Leaving Certificate Examination, 1919
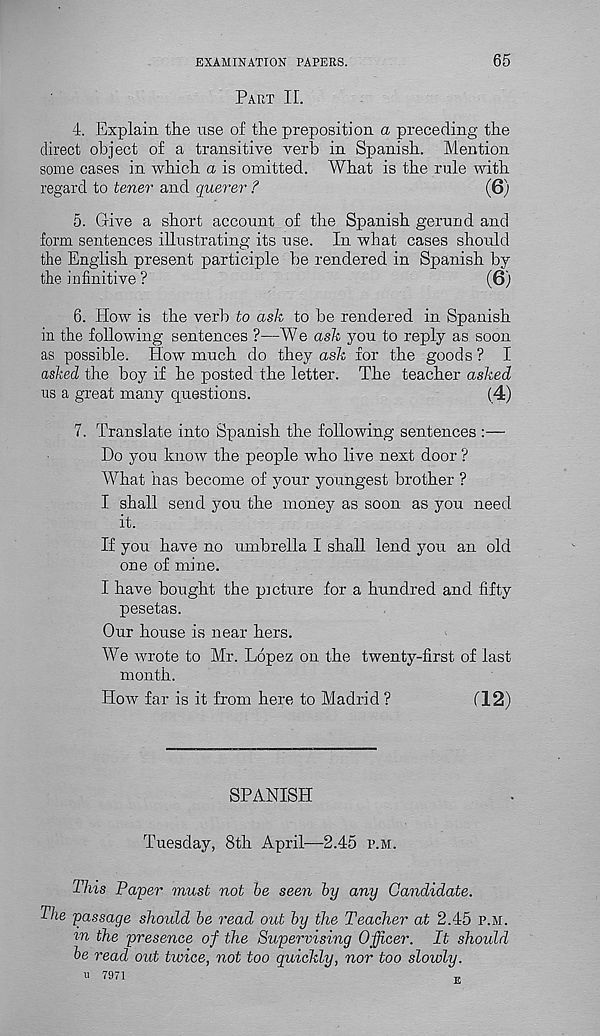
EXAMINATION PAPERS.
65
Part II.
4. Explain the use of the preposition a preceding the
direct object of a transitive verb in Spanish. Mention
some cases in which a is omitted. What is the rule with
regard to tener and querer ?
(6)
5. Clive a short account of the Spanish gerund and
form sentences illustrating its use. In what cases should
the English present participle he rendered in Spanish by
the infinitive ?
(6)
6. How is the verb to ask to be rendered in Spanish
in the following sentences ?—W e ask you to reply as soon
as possible. How much do they ask for the goods ? I
asked the boy if he posted the letter. The teacher asfced
us a great many questions.
(4)
7. Translate into Spanish the following sentences :—
Do you know the people who live next door ?
What has become of your youngest brother ?
I shall send you the money as soon as you need
it.
If you have no umbrella I shall lend you an old
one of mine.
I have bought the picture for a hundred and fifty
pesetas.
Our house is near hers.
We wrote to Mr. Lopez on the twenty-first of last
month.
How far is it from here to Madrid ?
Cl2)
SPANISH
Tuesday, 8th April—2.45 p.m.
This Paper must not he seen by any Candidate.
The passage should be read out by the Teacher at 2.45 p.m.
in the presence of the Supervising Officer. It should
be read out twice, not too quickly, nor too slowly.